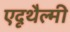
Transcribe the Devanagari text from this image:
एदृथैल्मी